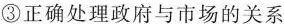
③正确处理政府与市场的关系